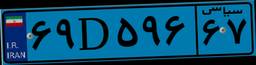
۶۹D۵۹۶۶۷